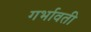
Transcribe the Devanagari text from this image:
गर्भावती